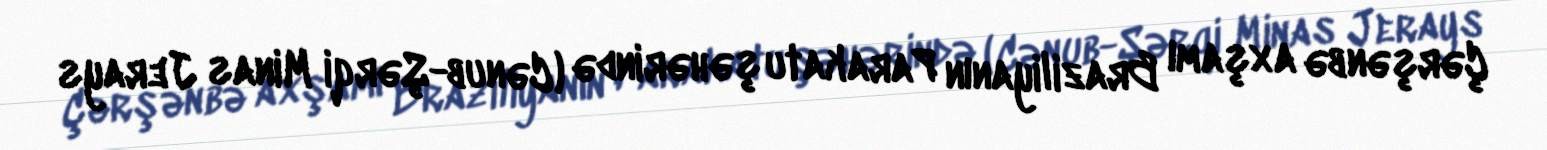
Çərşənbə axşamı Braziliyanın Parakatu şəhərində (Cənub-Şərqi Minas Jerays